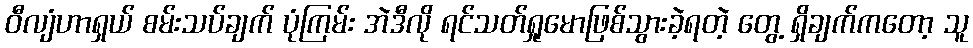
ဝီလျံဟာရှယ် စမ်းသပ်ချက် ပုံကြမ်း အဲဒီလို ရင်သတ်ရှုမောဖြစ်သွားခဲ့ရတဲ့ တွေ့ ရှိချက်ကတော့ သူ